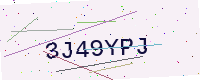
Text: 3J49YPJ